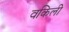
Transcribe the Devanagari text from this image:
वकिली